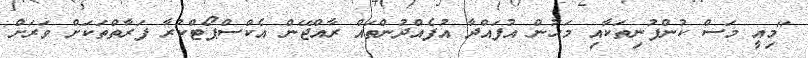
"މިއީ މަސް ކުންފުނިތަކާއި މަހުން އުފައްދާ އުފެއްދުންތައް ރާއްޖޭން އެކްސްޕޯޓްކުރާ ފަރާތްތަކަށް ވަރަށް